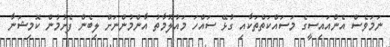
ނަމަވެސް އެންއައިސީގެ މަސައްކަތްތަކާއި ގުޅޭ ސައްހަ މައުލޫމާތު އާންމުންނަށް ލިބެން ފެށުމުން ކޮމިޝަނާ